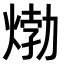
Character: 𤊹